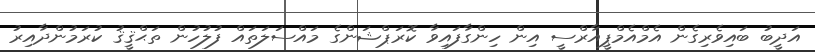
އަދީބު ބައިވެރިގެން އެމްއެމްޕީއާރްސީ އިން ހިންގާފައިވާ ކޮރަޕްޝަންގެ މައްސަލަތައް ފުލުހުން ތަޙްޤީޤު ކުރަމުންދާއިރު